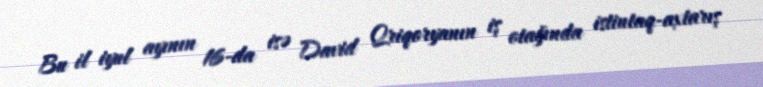
Bu il iyul ayının 16-da isə David Qriqoryanın iş otağında istintaq-axtarış